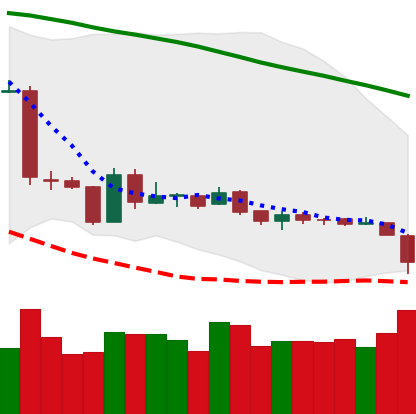
Ticker: ETH-USD
Chart end date: 2019-01-28
Forward return: 3.603%
Label: up_3_5